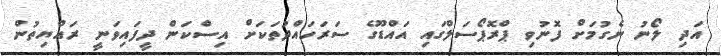
އަދި ލޯނު ނެގުމަށް ފޮނުވި ޕްރޮޕޯސަލްގައި އައްޑޫގެ ސަރަހައްދުތަކަށް އިސްކަން ދީފައިވަނީ ރައްޔިތުން